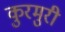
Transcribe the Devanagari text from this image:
कुरमुरी